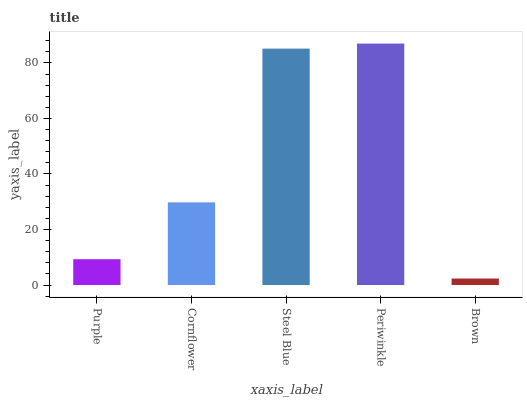
| xaxis_label | bars |
 | --- | --- |
 | Purple | 9.3 |
 | Cornflower | 29.8 |
 | Steel Blue | 85.1 |
 | Periwinkle | 87 |
 | Brown | 2.34 |